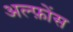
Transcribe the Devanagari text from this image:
अल्फ़ोंस